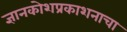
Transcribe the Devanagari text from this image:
ज्ञानकोशप्रकाशनाचा